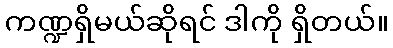
ကဏ္ဍရှိမယ်ဆိုရင် ဒါကို ရှိတယ်။